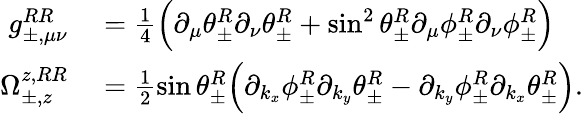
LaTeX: \begin{array}{rl}{g_{\pm,\mu\nu}^{RR}}&{{}=\frac{1}{4}\Big(\partial_{\mu}\theta_{\pm}^{R}\partial_{\nu}\theta_{\pm}^{R}+\sin^{2}\theta_{\pm}^{R}\partial_{\mu}\phi_{\pm}^{R}\partial_{\nu}\phi_{\pm}^{R}\Big)}\\ {\Omega_{\pm,z}^{z,RR}}&{{}=\frac{1}{2}\sin\theta_{\pm}^{R}\Big(\partial_{k_{x}}\phi_{\pm}^{R}\partial_{k_{y}}\theta_{\pm}^{R}-\partial_{k_{y}}\phi_{\pm}^{R}\partial_{k_{x}}\theta_{\pm}^{R}\Big).}\end{array}